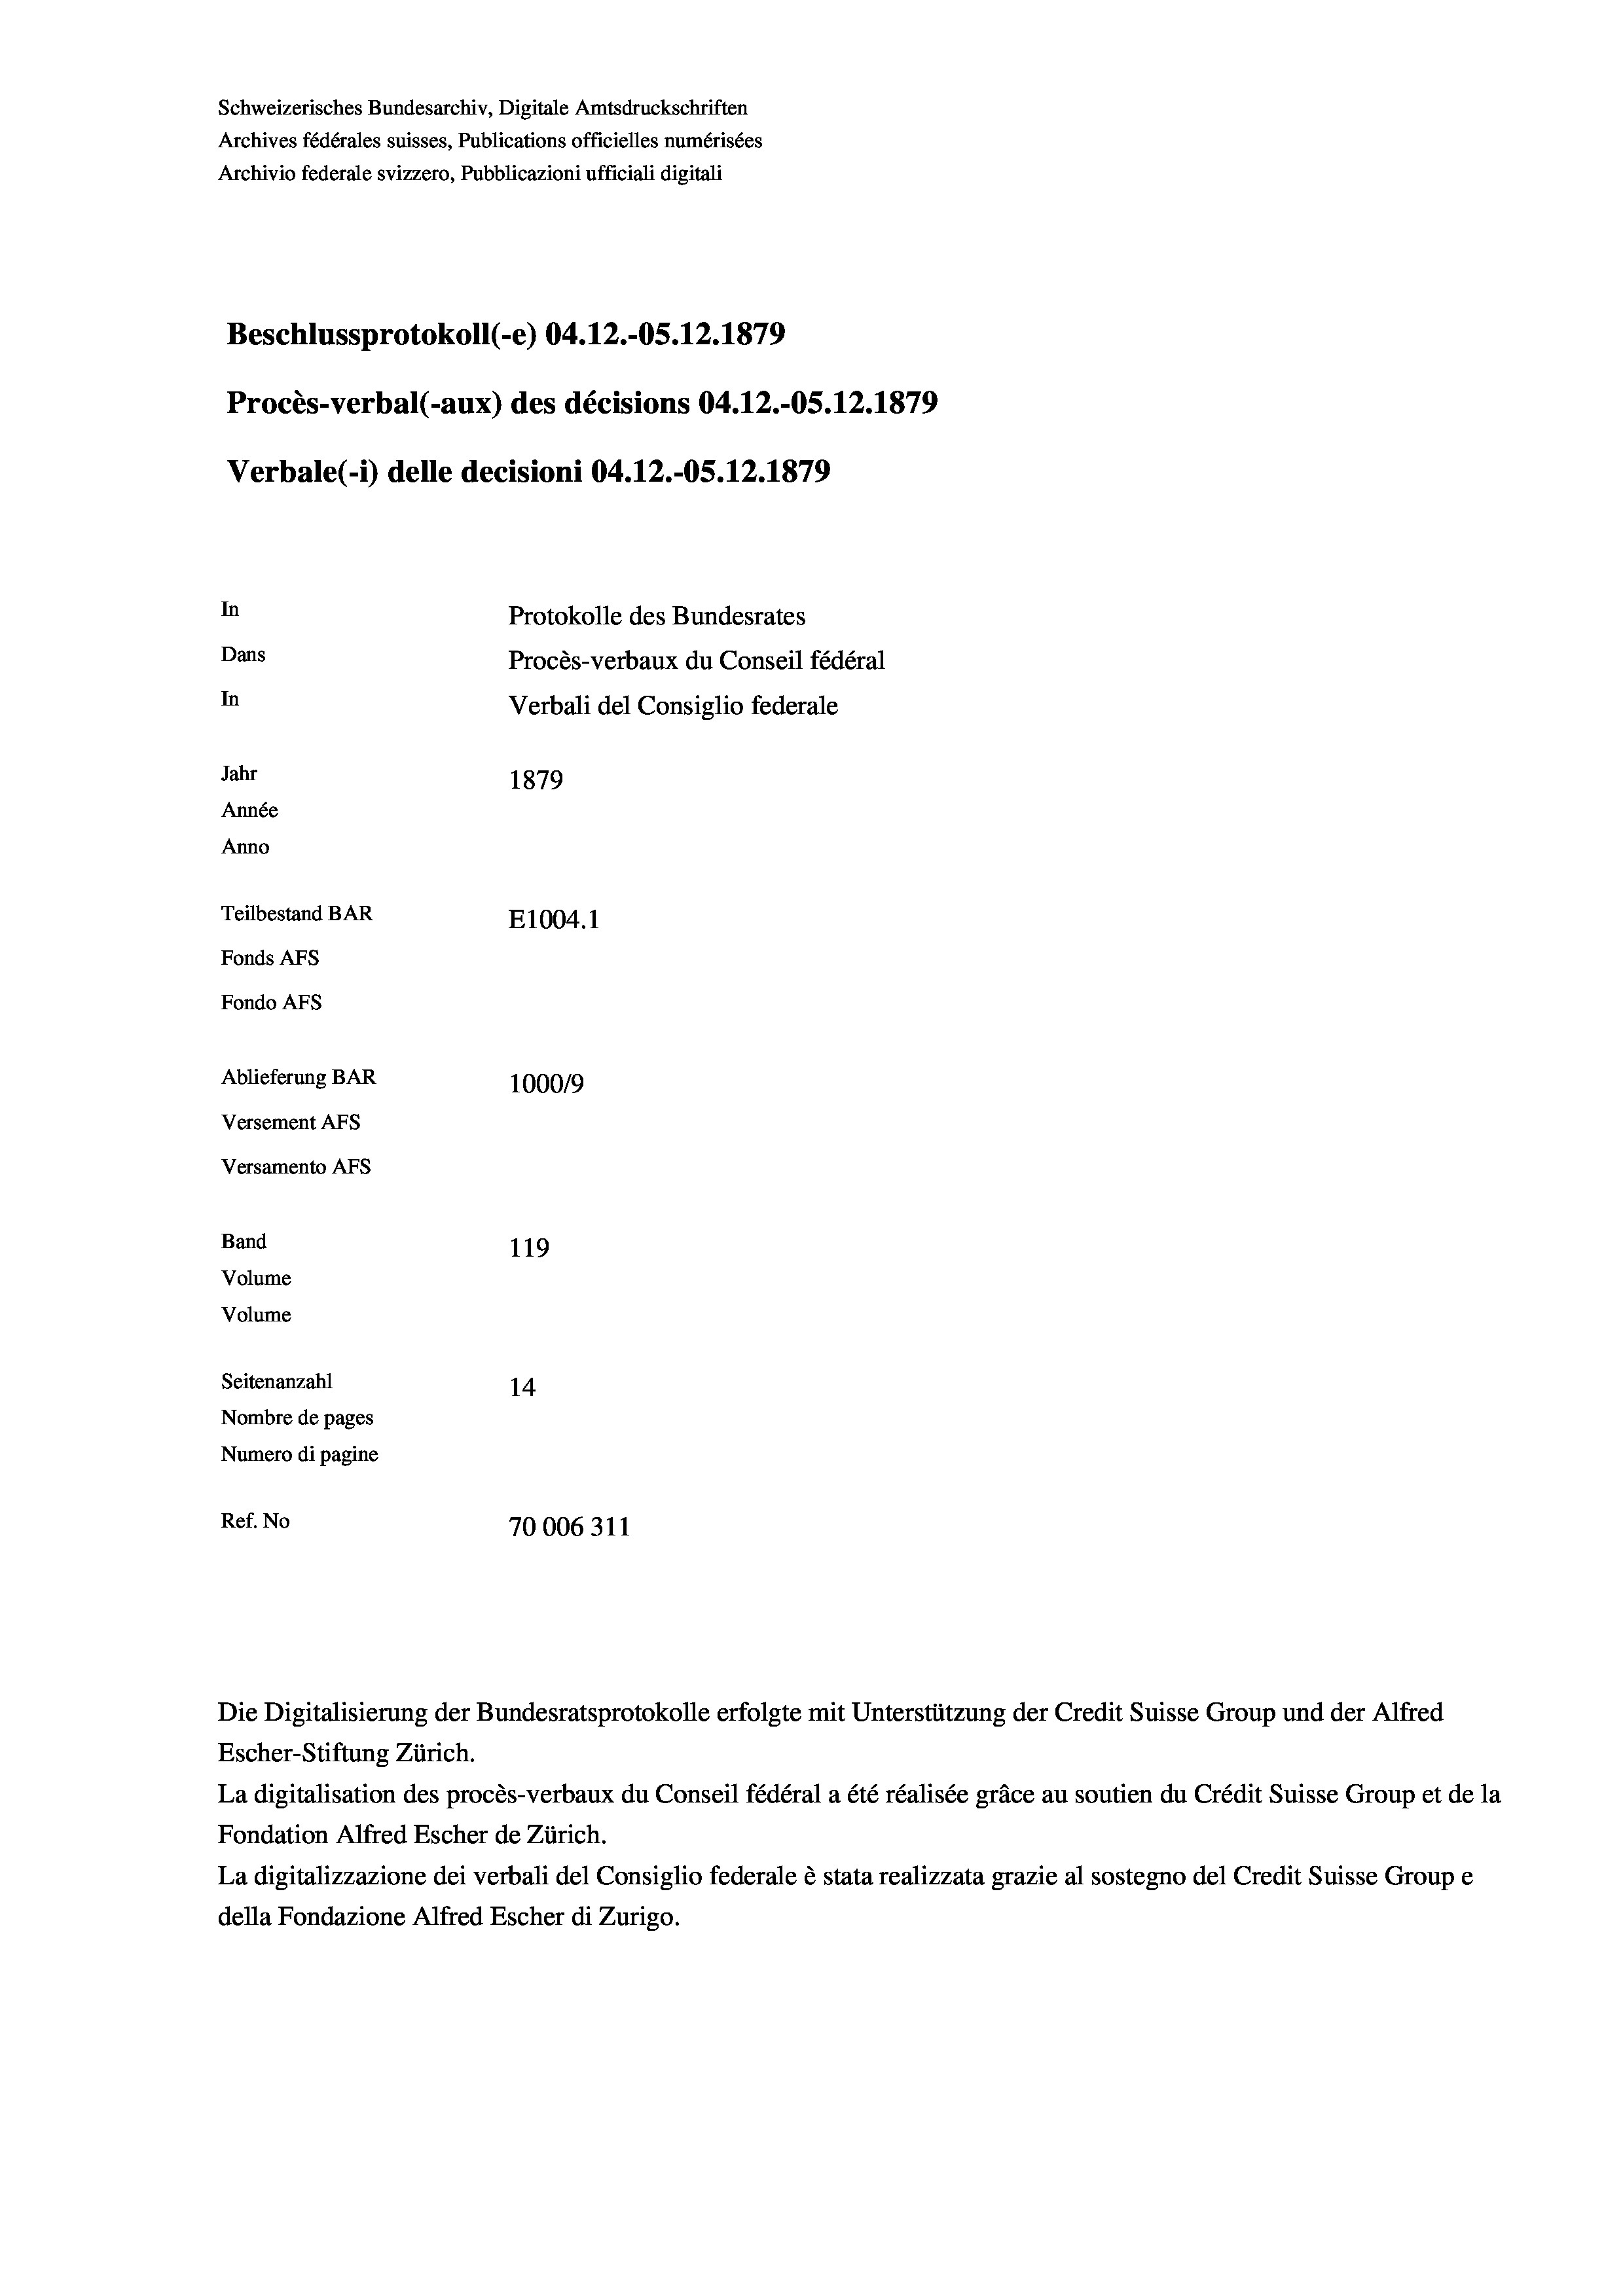
Schweizerisches Bundesarchiv, Digitale Amtsdruckschriften
Archives fédérales suisses, Publications officielles numérisées
Archivio federale svizzero, Pubblicazioni ufficiali digitali
Beschlussprotokoll (-e) 04.12.-OS.12.1879
Procès-verbal (-aux) des décisions 04.12.-OS.12.1879
Verbale (i) delle decisioni 04.12.-OS.12.1879
In
Protokolle des Bundesrates
Dans
Procès-verbaux du Conseil fédéral
In
Verbali del Consiglio federale
Jahr
1879
Année
Anno
Teilbestand BAR
E1004.1
Fonds AFs
Fondo AFS
Ablieferung BAR
100019
Versement AFs
Versamento AFs
Band
119
Volume
Volume

Seitenanzahl
14
Nombre de pages
Numero di pagine
Ref. No
70006311

Die Digitalisierung der Bundesratsprotokolle erfolgte mit Unterstützung der Credit Suisse Group und der Alfred
Escher-Stiftung Zürich.
La digitalisation des procès-verbaux du Conseil fédéral a été réalisée gräce au soutien du Crédit Suisse Group et de la
Fondation Alfred Escher de Zürich.
La digitalizzazione dei verbali del Consiglio federale è stata realizzata grazie al sostegno del Credit Suisse Groupe
della Fondazione Alfred Escher di Zurigo.